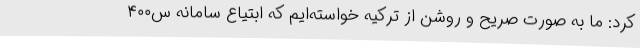
کرد: ما به صورت صریح و روشن از ترکیه خواسته‌ایم که ابتیاع سامانه س۴۰۰